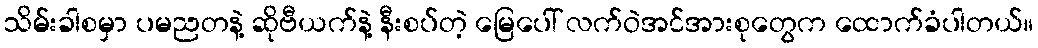
သိမ်းခါစမှာ ပမညတနဲ့ ဆိုဗီယက်နဲ့ နီးစပ်တဲ့ မြေပေါ် လက်ဝဲအင်အားစုတွေက ထောက်ခံပါတယ်။